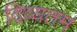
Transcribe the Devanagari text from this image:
दिव्यतम